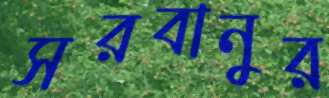
সরবানুর